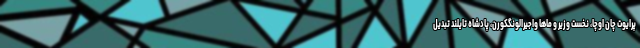
پرایوت چان اوچا، نخست وزیر و ماها واجیرالونگکورن، پادشاه تایلند تبدیل